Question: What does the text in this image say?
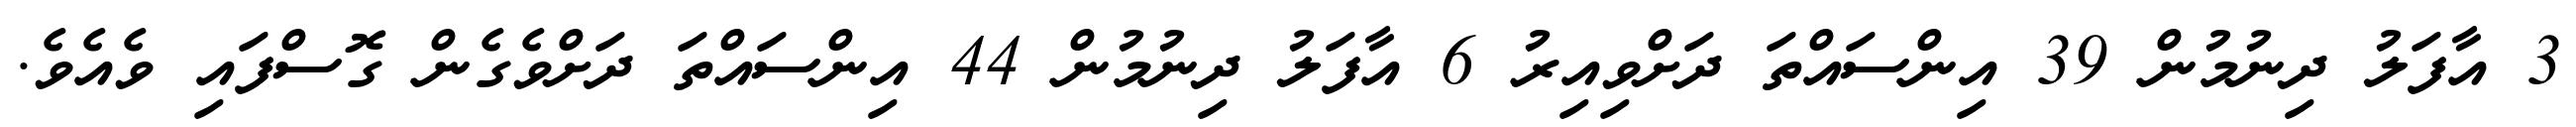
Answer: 3 އާފަލު ދިނުމުން 39 އިންސައްތަ ދަށްވިއިރު 6 އާފަލު ދިނުމުން 44 އިންސައްތަ ދަށްވެގެން ގޮސްފައި ވެއެވެ.